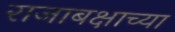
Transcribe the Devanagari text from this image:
राजाबक्षाच्या